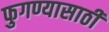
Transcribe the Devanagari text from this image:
फुगण्यासाठी